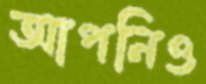
আপনিও